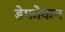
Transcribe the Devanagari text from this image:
डेफोकन